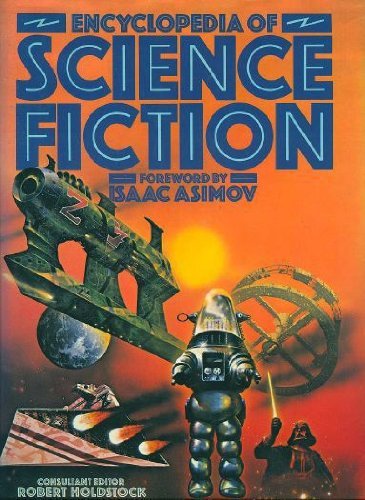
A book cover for Encyclopedia of Science Fiction; Robert Holdstock; Reference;